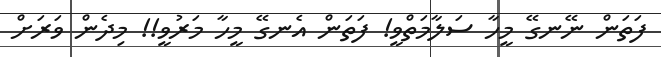
ފަތަން ނޭނގޭ މީހާ ސަލާމަތްވީ! ފަތަން އެނގޭ މީހާ މަރުވީ!! މިދެން ވަރަށް